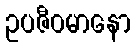
ဥပဇီဝမာနော